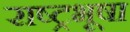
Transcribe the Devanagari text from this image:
राष्ट्रभूषा